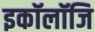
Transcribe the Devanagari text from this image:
इकॉलॉजि